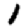
Digit: 1